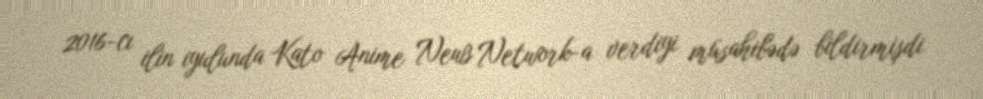
2016-cı ilin iyulunda Kato Anime News Network-a verdiyi müsahibədə bildirmişdi